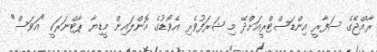
ރާއްޖޭގެ ސަފާރީ އިންޑަސްޓްރީއަށްދޭ މި ޝަރަފުވެރި އެވޯޑުގެ އޮންލައިން މީޑިޔާ ޕާޓްނަރަކީ "އަވަސް"